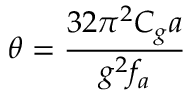
\theta = \frac { 3 2 \pi ^ { 2 } C _ { g } a } { g ^ { 2 } f _ { a } }